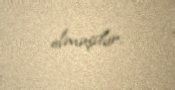
olmuşdur.